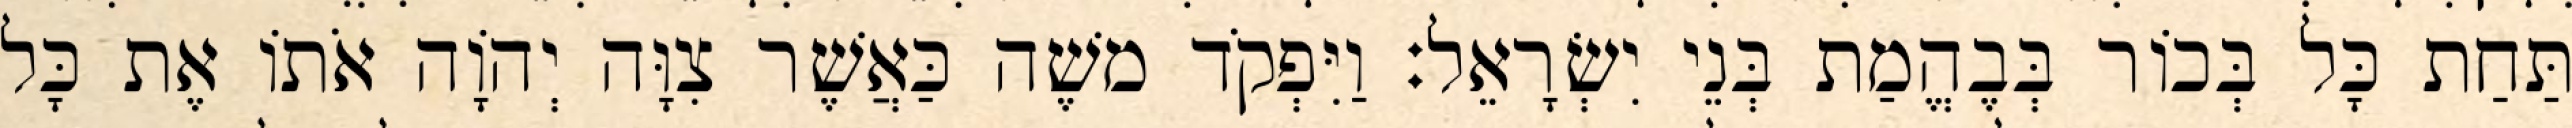
תַּחַת כָּל בְּכוֹר בְּבֶהֱמַת בְּנֵי יִשְׂרָאֵל׃ וַיִּפְקֹד משֶׁה כַּאֲשֶׁר צִוָּה יְהוָֹה אֹתוֹ אֶת כָּל